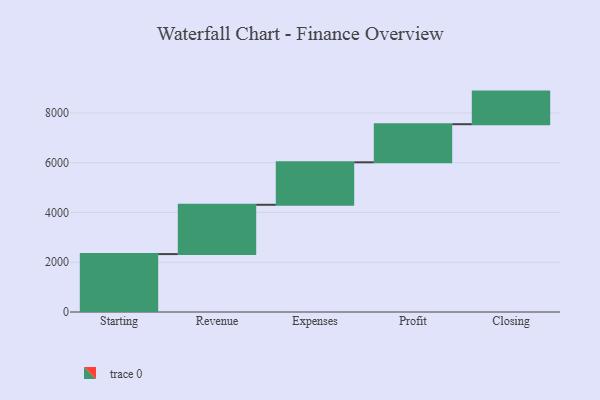
{"axis": {"x": "Step", "y": "Value"}, "legend": [""], "data": [{"x": "Starting", "y": 2327.0, "type": ""}, {"x": "Revenue", "y": 1981.0, "type": ""}, {"x": "Expenses", "y": 1707.0, "type": ""}, {"x": "Profit", "y": 1531.0, "type": ""}, {"x": "Closing", "y": 1310.0, "type": ""}]}